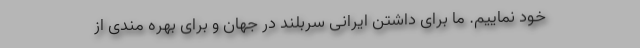
خود نماییم. ما برای داشتن ایرانی سربلند در جهان و برای بهره مندی از